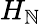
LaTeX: H_{\mathbb{N}}